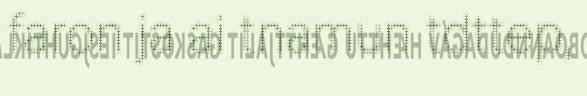
faron ja ai tnamun tdttep,